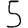
Digit: 5